Investigations into the jail dietaries of the United Provinces with some observations on the influence of dietary on the physical development and well-being of the people of the United Provinces - Number 48
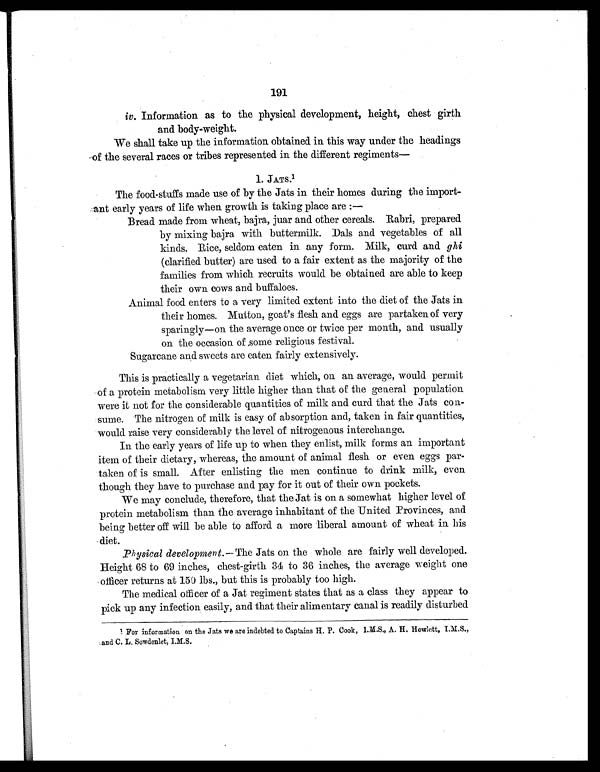
191
iv. Information as to the physical development, height, chest girth
and body-weight.
We shall take up the information obtained in this way under the headings
of the several races or tribes represented in the different regiments
—
1. JATS.1
The food-stuffs made use of by the Jats in their homes during the import-
ant early years of life when growth is taking place are :—
Bread made from wheat, bajra, juar and other cereals. Rabri, prepared
by mixing bajra with buttermilk. Dals and vegetables of all
kinds. Rice, seldom eaten in any form. Milk, curd and ghi
(clarified butter) are used to a fair extent as the majority of the
families from which recruits would be obtained are able to keep
their own cows and buffaloes.
Animal food enters to a very limited extent into the diet of the Jats in
their homes. Mutton, goat's flesh and eggs are partaken of very
sparingly—on the average once or twice per month, and usually
on the occasion of some religious festival.
Sugarcane and sweets are eaten fairly extensively.
This is practically a vegetarian diet which, on an average, would permit
of a protein metabolism very little higher than that of the general population
were it not for the considerable quantities of milk and curd that the Jats con-
sume. The nitrogen of milk is easy of absorption and, taken in fair quantities,
would raise very considerably the level of nitrogenous interchange.
In the early years of life up to when they enlist, milk forms an important
item of their dietary, whereas, the amount of animal flesh or even eggs par-
taken of is small. After enlisting the men continue to drink milk, even
though they have to purchase and pay for it out of their own pockets.
We may conclude, therefore, that the Jat is on a somewhat higher level of
protein metabolism than the average inhabitant of the United Provinces, and
being better off will be able to afford a more liberal amount of wheat in his
diet.
Physical development.—The Jats on the whole are fairly well developed.
Height 68 to 69 inches, chest-girth 34 to 36 inches, the average weight one
officer returns at 150 lbs., but this is probably too high.
The medical officer of a Jat regiment states that as a class they appear to
pick up any infection easily, and that their alimentary canal is readily disturbed
1 For information on the Jats we are indebted to Captains H. P. Cook,I.M.S., A. H. Howlett, I.M.S.,
and C. L. Sowdenlet, I.M.S.